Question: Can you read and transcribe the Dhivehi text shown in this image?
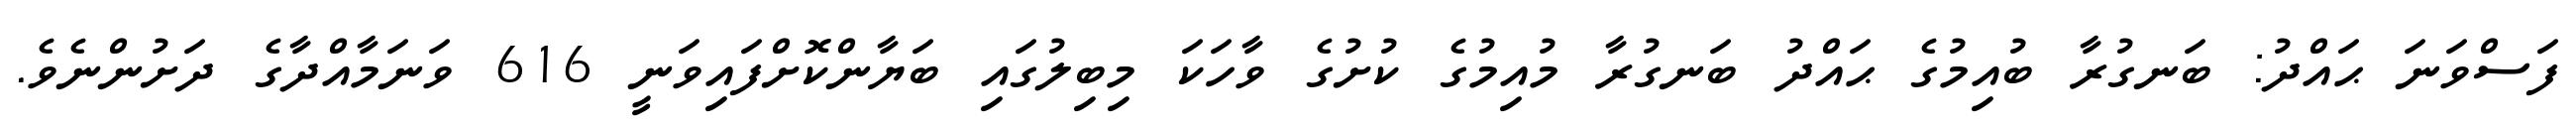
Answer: ފަސްވަނަ ޙައްދު: ބަނގުރާ ބުއިމުގެ ޙައްދު ބަނގުރާ މުއިމުގެ ކުށުގެ ވާހަކަ މިބިލުގައި ބަޔާންކޮށްފައިވަނީ 616 ވަނަމާއްދާގެ ދަށުންނެވެ.